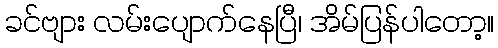
ခင်ဗျား လမ်းပျောက်နေပြီ၊ အိမ်ပြန်ပါတော့။